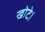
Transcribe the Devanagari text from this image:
खोटे।